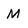
Character: M